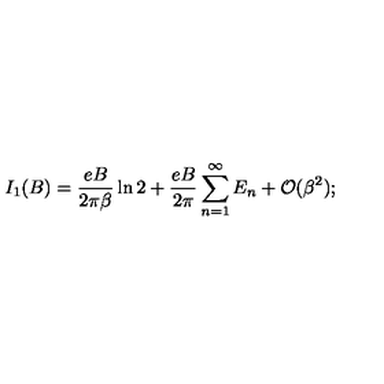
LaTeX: I _ { 1 } ( B ) = \frac { e B } { 2 \pi \beta } \ln 2 + \frac { e B } { 2 \pi } \sum _ { n = 1 } ^ { \infty } E _ { n } + { \cal { O } } ( \beta ^ { 2 } ) ;